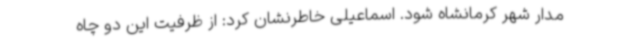
مدار شهر کرمانشاه شود. اسماعیلی خاطرنشان کرد: از ظرفیت این دو چاه